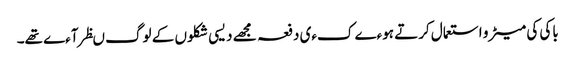
باکی کی میٹرو استعمال کرتے ہوءے کءی دفعہ مجھے دیسی شکلوں کے لوگ ںظر آءے تھے۔